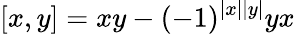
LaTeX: [x,y]=xy-(-1)^{|x||y|}yx